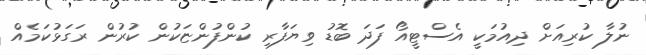
ނުލާ ކުރިއަށް ދިއުމަކީ އެސްޓީއޯ ފަދަ ބޮޑު ވިޔަފާރި ކުންފުންޏަކުން ކުރުން ރަގަޅުކަމެއް